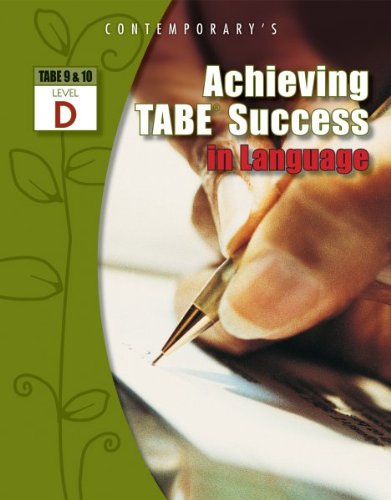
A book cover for Achieving TABE Success In Language, Level D Workbook (Achieving TABE Success for TABE 9 & 10); Contemporary; Education & Teaching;